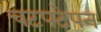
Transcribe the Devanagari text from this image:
चटपटेपन